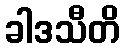
ခါဒသီတိ